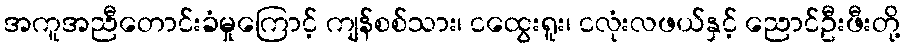
အကူအညီတောင်းခံမှုကြောင့် ကျန်စစ်သား၊ ငထွေးရူး၊ ငလုံးလဖယ်နှင့် ညောင်ဦးဖီးတို့